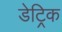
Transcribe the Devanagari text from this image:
डेट्रिक